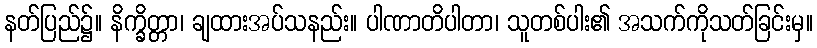
နတ်ပြည်၌။ နိက္ခိတ္တာ၊ ချထားအပ်သနည်း။ ပါဏာတိပါတာ၊ သူတစ်ပါး၏ အသက်ကိုသတ်ခြင်းမှ။